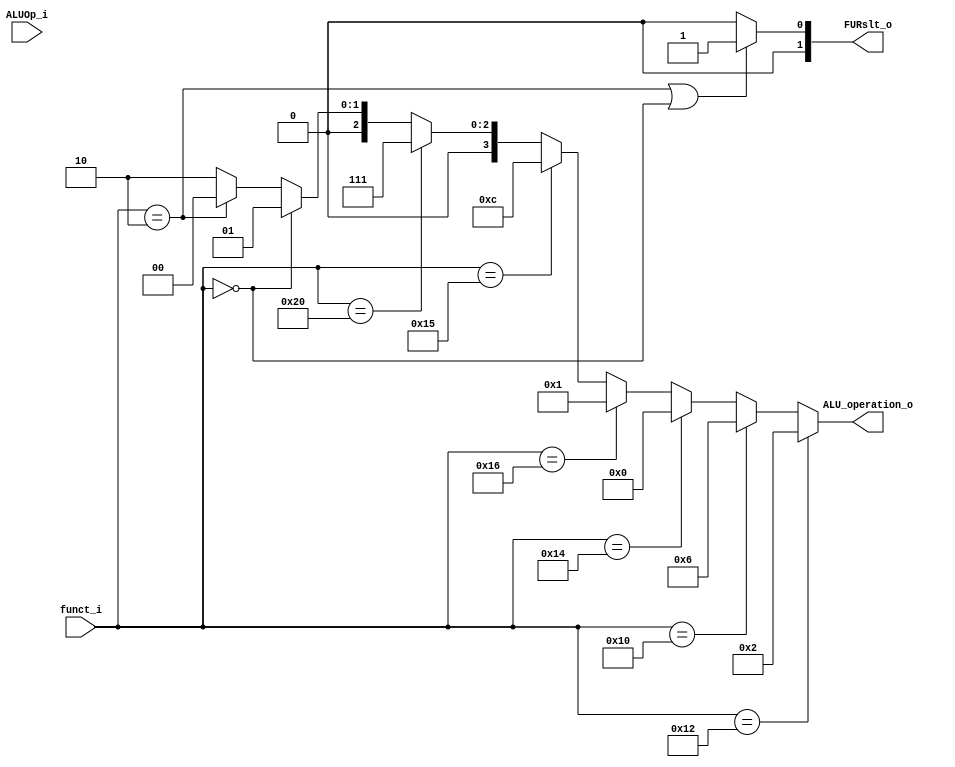
                                                                                                                                                                                                                                                                                                                                                                                                                                                                                                                                                                                                                        module ALU_Ctrl( funct_i, ALUOp_i, ALU_operation_o, FURslt_o );
//give me money
//I/O ports 
input      [6-1:0] funct_i;
input      [3-1:0] ALUOp_i;

output     [4-1:0] ALU_operation_o;  
output     [2-1:0] FURslt_o;
     //pug is perfect
//Internal Signals
wire		[4-1:0] ALU_operation_o;
wire		[2-1:0] FURslt_o;

//Main function
/*your code here*/
assign ALU_operation_o = 
    (funct_i == 6'b010010) ? 4'b0010 : //add
    (funct_i == 6'b010000) ? 4'b0110 : //sub
    (funct_i == 6'b010100) ? 4'b0000 : //and
    (funct_i == 6'b010110) ? 4'b0001 : //or
    (funct_i == 6'b010101) ? 4'b1100 : //nor 
    (funct_i == 6'b100000) ? 4'b0111 : //slt
    (funct_i == 6'b000000) ? 4'b0001 : //sll
    (funct_i == 6'b000010) ? 4'b0000 :
                             4'b0010 ;

assign FURslt_o = (funct_i == 6'b000010) || (funct_i == 6'b000000) ? 2'b01 : 2'b00;


endmodule